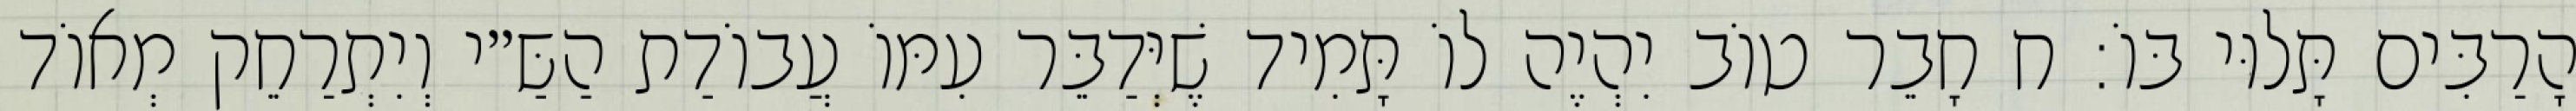
הָרַבִּים תָּלוּי בּוֹ: ח חָבֵר טוֹב יִהְיֶה לוֹ תָּמִיד שֶׁיְּדַבֵּר עִמּוֹ עֲבוֹדַת הַשַּ״י וְיִתְרַחֵק מְאוֹד